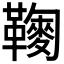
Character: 𩍔